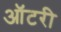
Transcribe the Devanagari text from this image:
ऑटरी